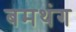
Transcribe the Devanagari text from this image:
बमथंग